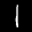
Label: 1